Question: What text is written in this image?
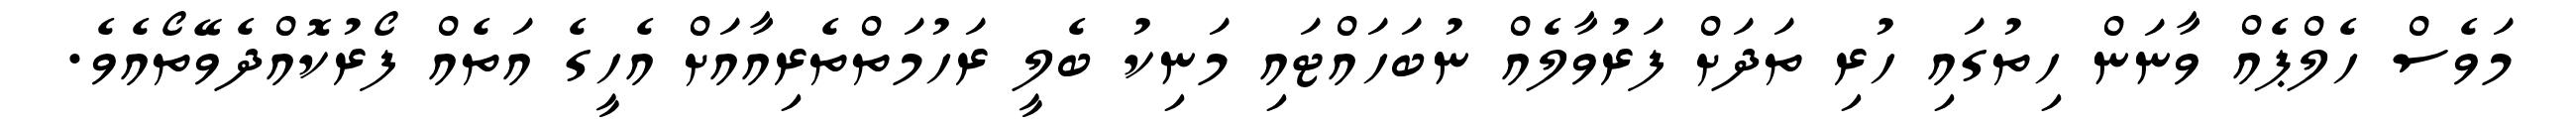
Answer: މަވެސް ހެލްޕެއް ވާނަން ހިތުގައި ހުރި ތަދަށް ފަރުވާލެއް ނުބަހައްޓައި މަނިކު ބެލީ ރަހުމަތްތެރިއާއަށް އެހީގެ އަތެއް ފޯރުކޮއްދެވޭތޯއެވެ.